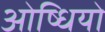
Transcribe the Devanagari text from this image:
ओष्धियो